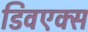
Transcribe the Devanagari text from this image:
डिवएक्स